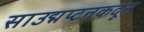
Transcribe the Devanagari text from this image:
साउद्मप्टनकदून